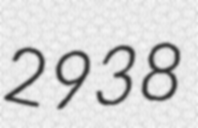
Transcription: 2938